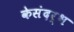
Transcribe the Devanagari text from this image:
केसंदर्भ